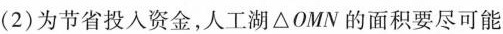
(2)为节省投入资金，人工湖△OMN的面积要尽可能